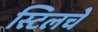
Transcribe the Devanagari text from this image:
स्टिलचे